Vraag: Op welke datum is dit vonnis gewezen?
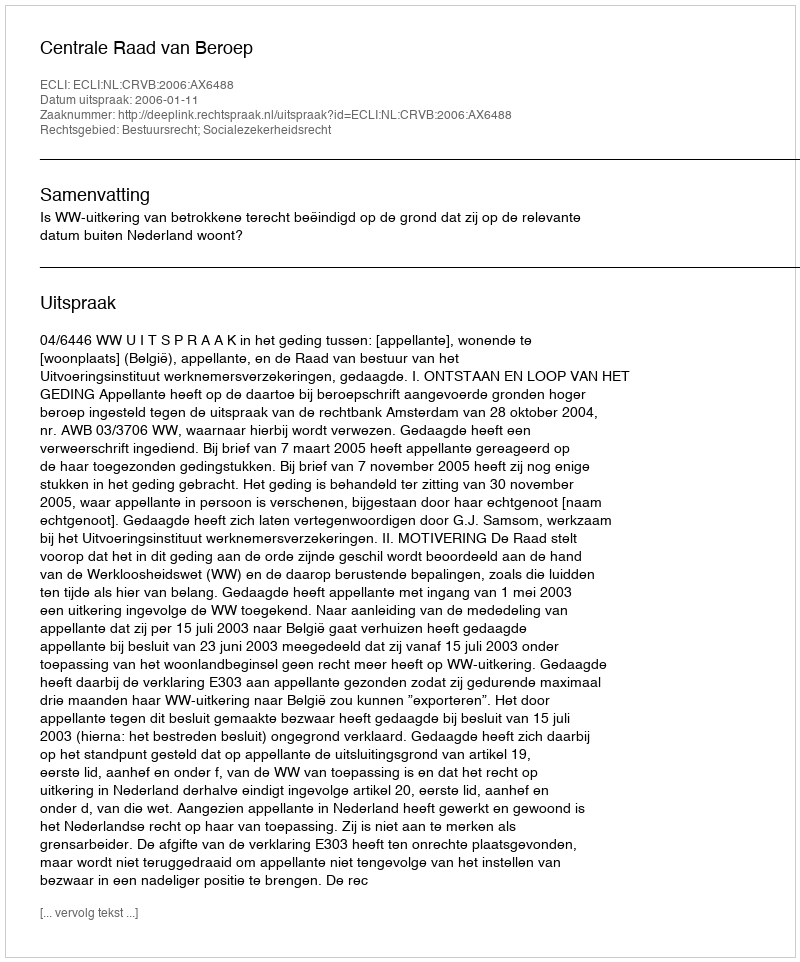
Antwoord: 2006-01-11